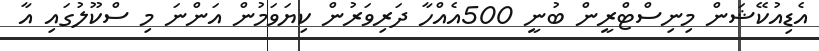
އެޑިއުކޭޝަން މިނިސްޓްރީން ބުނީ 500އެއްހާ ދަރިވަރުން ކިޔަވަމުން އަންނަ މި ސްކޫލުގައި އާ